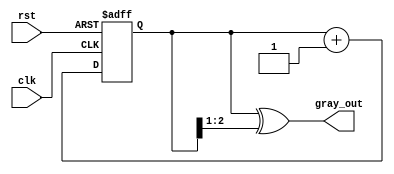
module gray_code_counter #(parameter N = 3) (
    input wire clk,           // Clock signal
    input wire rst,           // Asynchronous reset signal
    output reg [N-1:0] gray_out // n-bit Gray code output
);

    reg [N-1:0] binary_count; // Internal binary counter

    // Always block for synchronous counting and Gray code conversion
    always @(posedge clk or posedge rst) begin
        if (rst) begin
            binary_count <= 0; // Reset binary count to 0
        end else begin
            binary_count <= binary_count + 1; // Increment binary count
        end
    end

    // Combinational logic to convert binary count to Gray code
    always @(*) begin
        gray_out = binary_count ^ (binary_count >> 1); // Gray code conversion
    end

endmodule